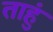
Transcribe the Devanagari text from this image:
ताहुं